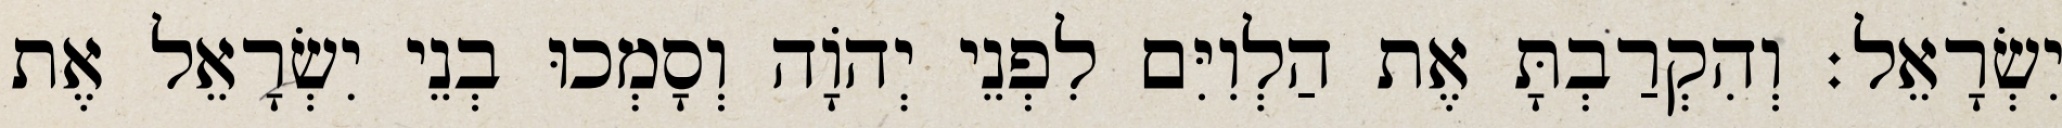
יִשְׂרָאֵל׃ וְהִקְרַבְתָּ אֶת הַלְוִיִּם לִפְנֵי יְהוָֹה וְסָמְכוּ בְנֵי יִשְׂרָאֵל אֶת